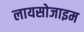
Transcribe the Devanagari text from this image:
लायसोजाइम